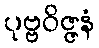
ပုဗ္ဗဝိဇ္ဇနံ